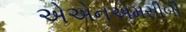
એએનએમસીબી